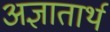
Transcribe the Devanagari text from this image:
अज्ञातार्थ